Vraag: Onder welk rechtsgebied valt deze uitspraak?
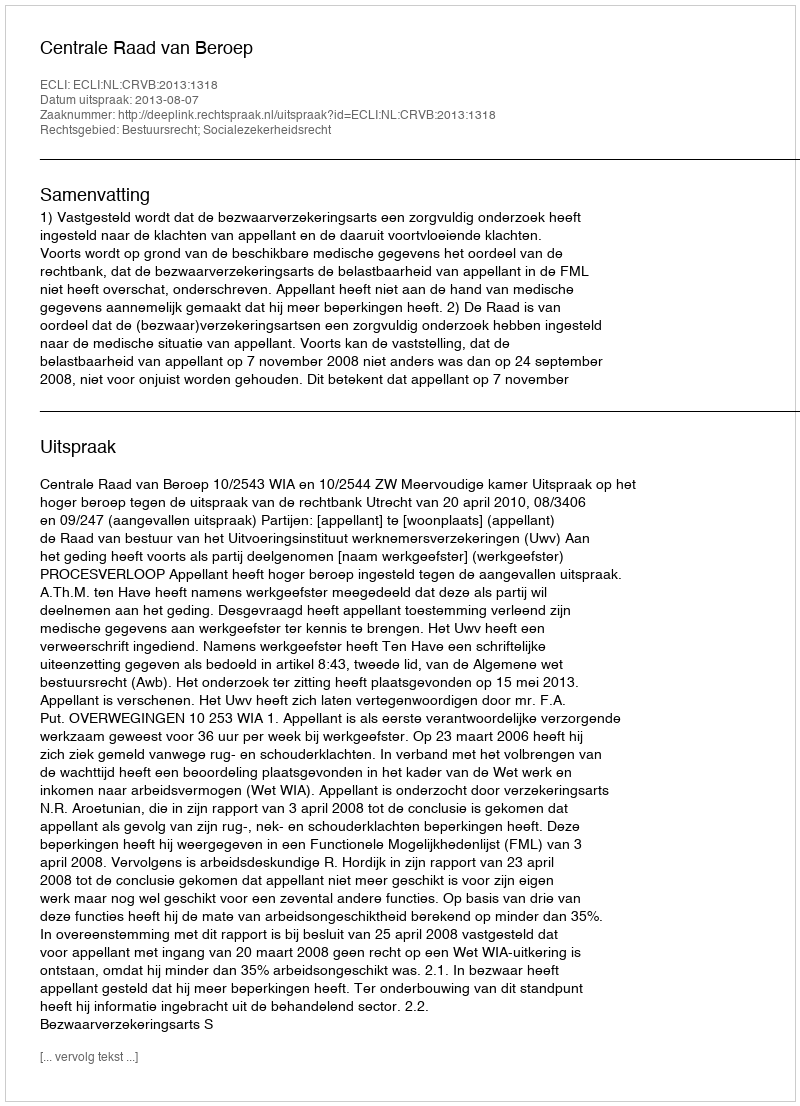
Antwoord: Bestuursrecht; Socialezekerheidsrecht